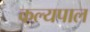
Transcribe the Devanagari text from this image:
कल्यपाल